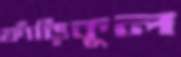
ফাঁড়িকুল